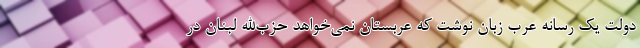
دولت یک رسانه عرب زبان نوشت که عربستان نمی‌خواهد حزب‌الله لبنان در